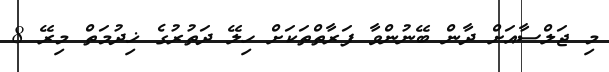
މި ޖަލްސާއަށް ދާން ބޭނުންވާ ފަރާތްތަކަށް ހިލޭ ދަތުރުގެ ޚިދުމަތް މިރޭ 8